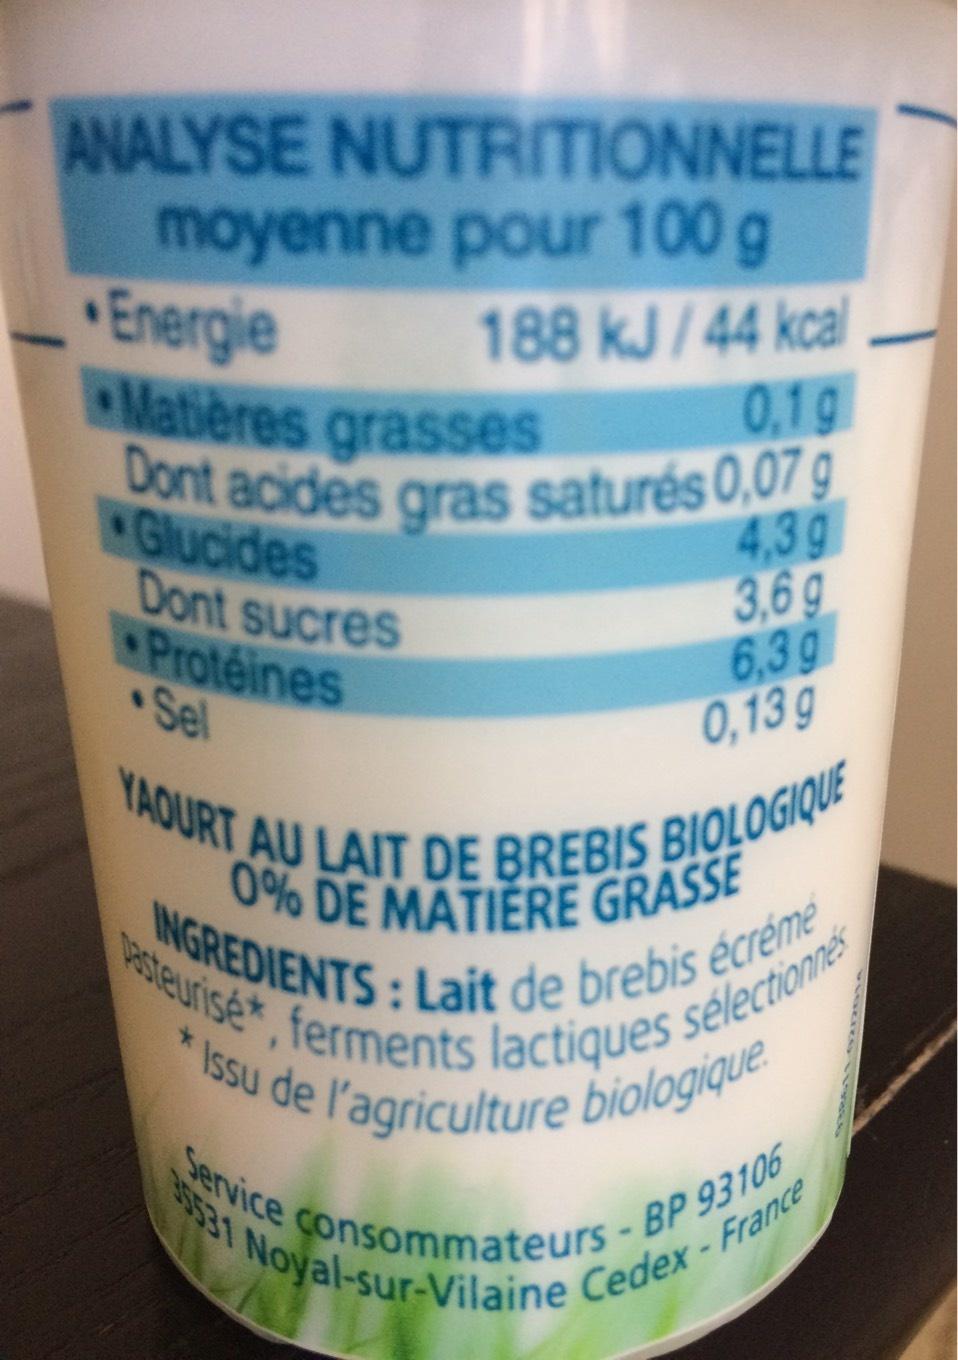
ANALYSE NUTRITIONNELLE moyenne pour 100 g
188 kJ/44 kcal 0,1g
Energie
Matières grasses
Dont acides gras saturés 0,07 g
4,39
3,69
Glucides
Dont sucres Protéines Sel
6,39 0,13 g
YAOURT AU LAIT DE BREBIS BIOLOGIQUE 0% DE MATIERE GRASSE INGREDIENTS: Lait de brebis écrémé *Issu de l'agriculture biologique Terments lactiques sélectionnés 35531 Noyal-sur-Vilaine Cedex - France Service consommateurs - BP 93106